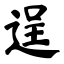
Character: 逞